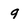
Character: 9